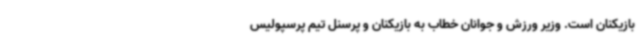
بازیکنان است. وزیر ورزش و جوانان خطاب به بازیکنان و پرسنل تیم پرسپولیس